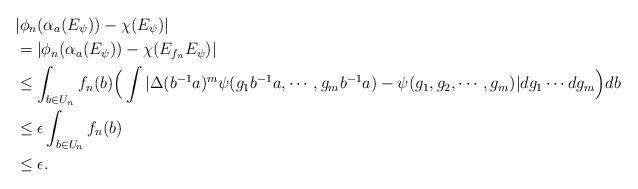
LaTeX: \begin{align*}& |\phi_{n}(\alpha_{a}(E_{\psi}))-\chi(E_{\psi})| \\&= | \phi_{n}(\alpha_{a}(E_{\psi}))-\chi(E_{f_{n}}E_{\psi})|\\& \leq \int_{b \in U_{n}}f_{n}(b)\Big(\int |\Delta(b^{-1}a)^{m}\psi(g_{1}b^{-1}a,\cdots,g_{m}b^{-1}a)-\psi(g_{1},g_{2},\cdots,g_{m})| dg_{1} \cdots dg_{m} \Big)db \\ & \leq \epsilon \int _{b \in U_{n}}f_{n}(b) \\& \leq \epsilon.\end{align*}